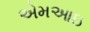
એમઆઇ